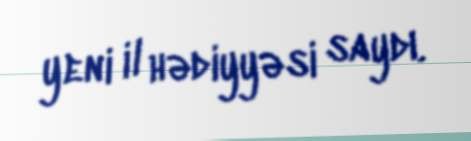
yeni il hədiyyəsi saydı.